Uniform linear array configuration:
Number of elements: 48
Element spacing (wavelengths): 0.5
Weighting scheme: cosine
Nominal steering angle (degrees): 45
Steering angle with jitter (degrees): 45.022
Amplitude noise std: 0.05
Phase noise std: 0.05

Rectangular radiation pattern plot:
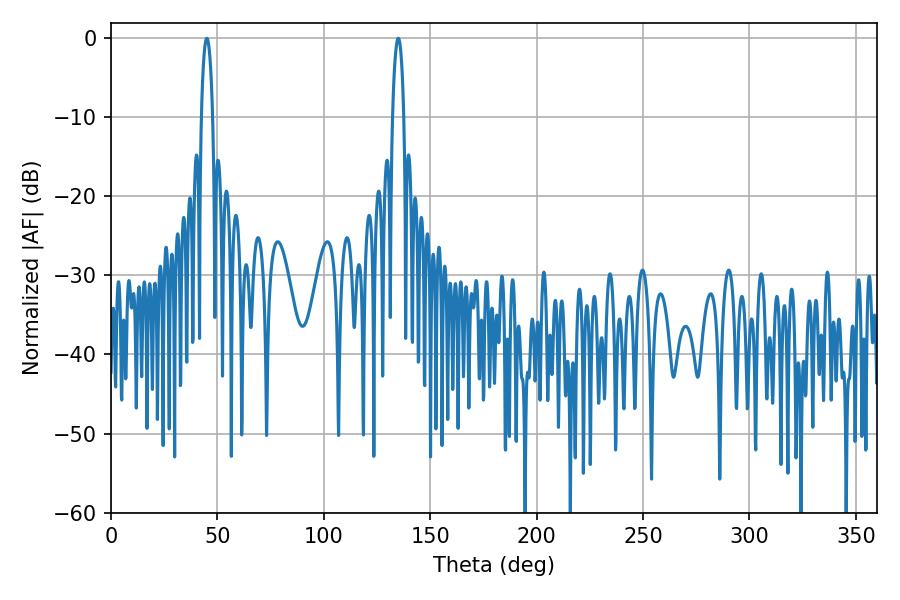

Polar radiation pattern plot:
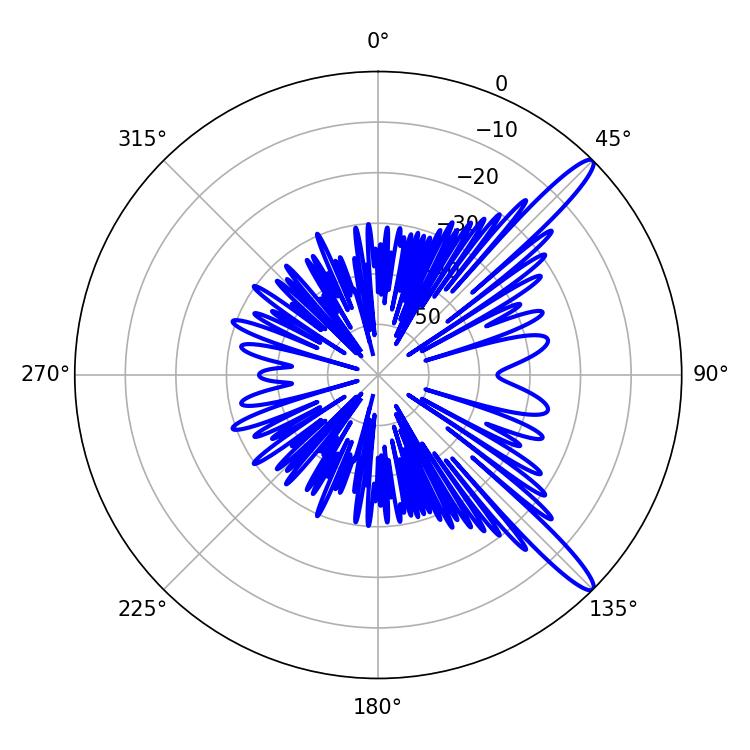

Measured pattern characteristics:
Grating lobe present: FALSE
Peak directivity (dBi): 13.756
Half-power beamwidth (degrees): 2.88
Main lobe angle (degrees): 45